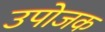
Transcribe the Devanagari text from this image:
उपोजक